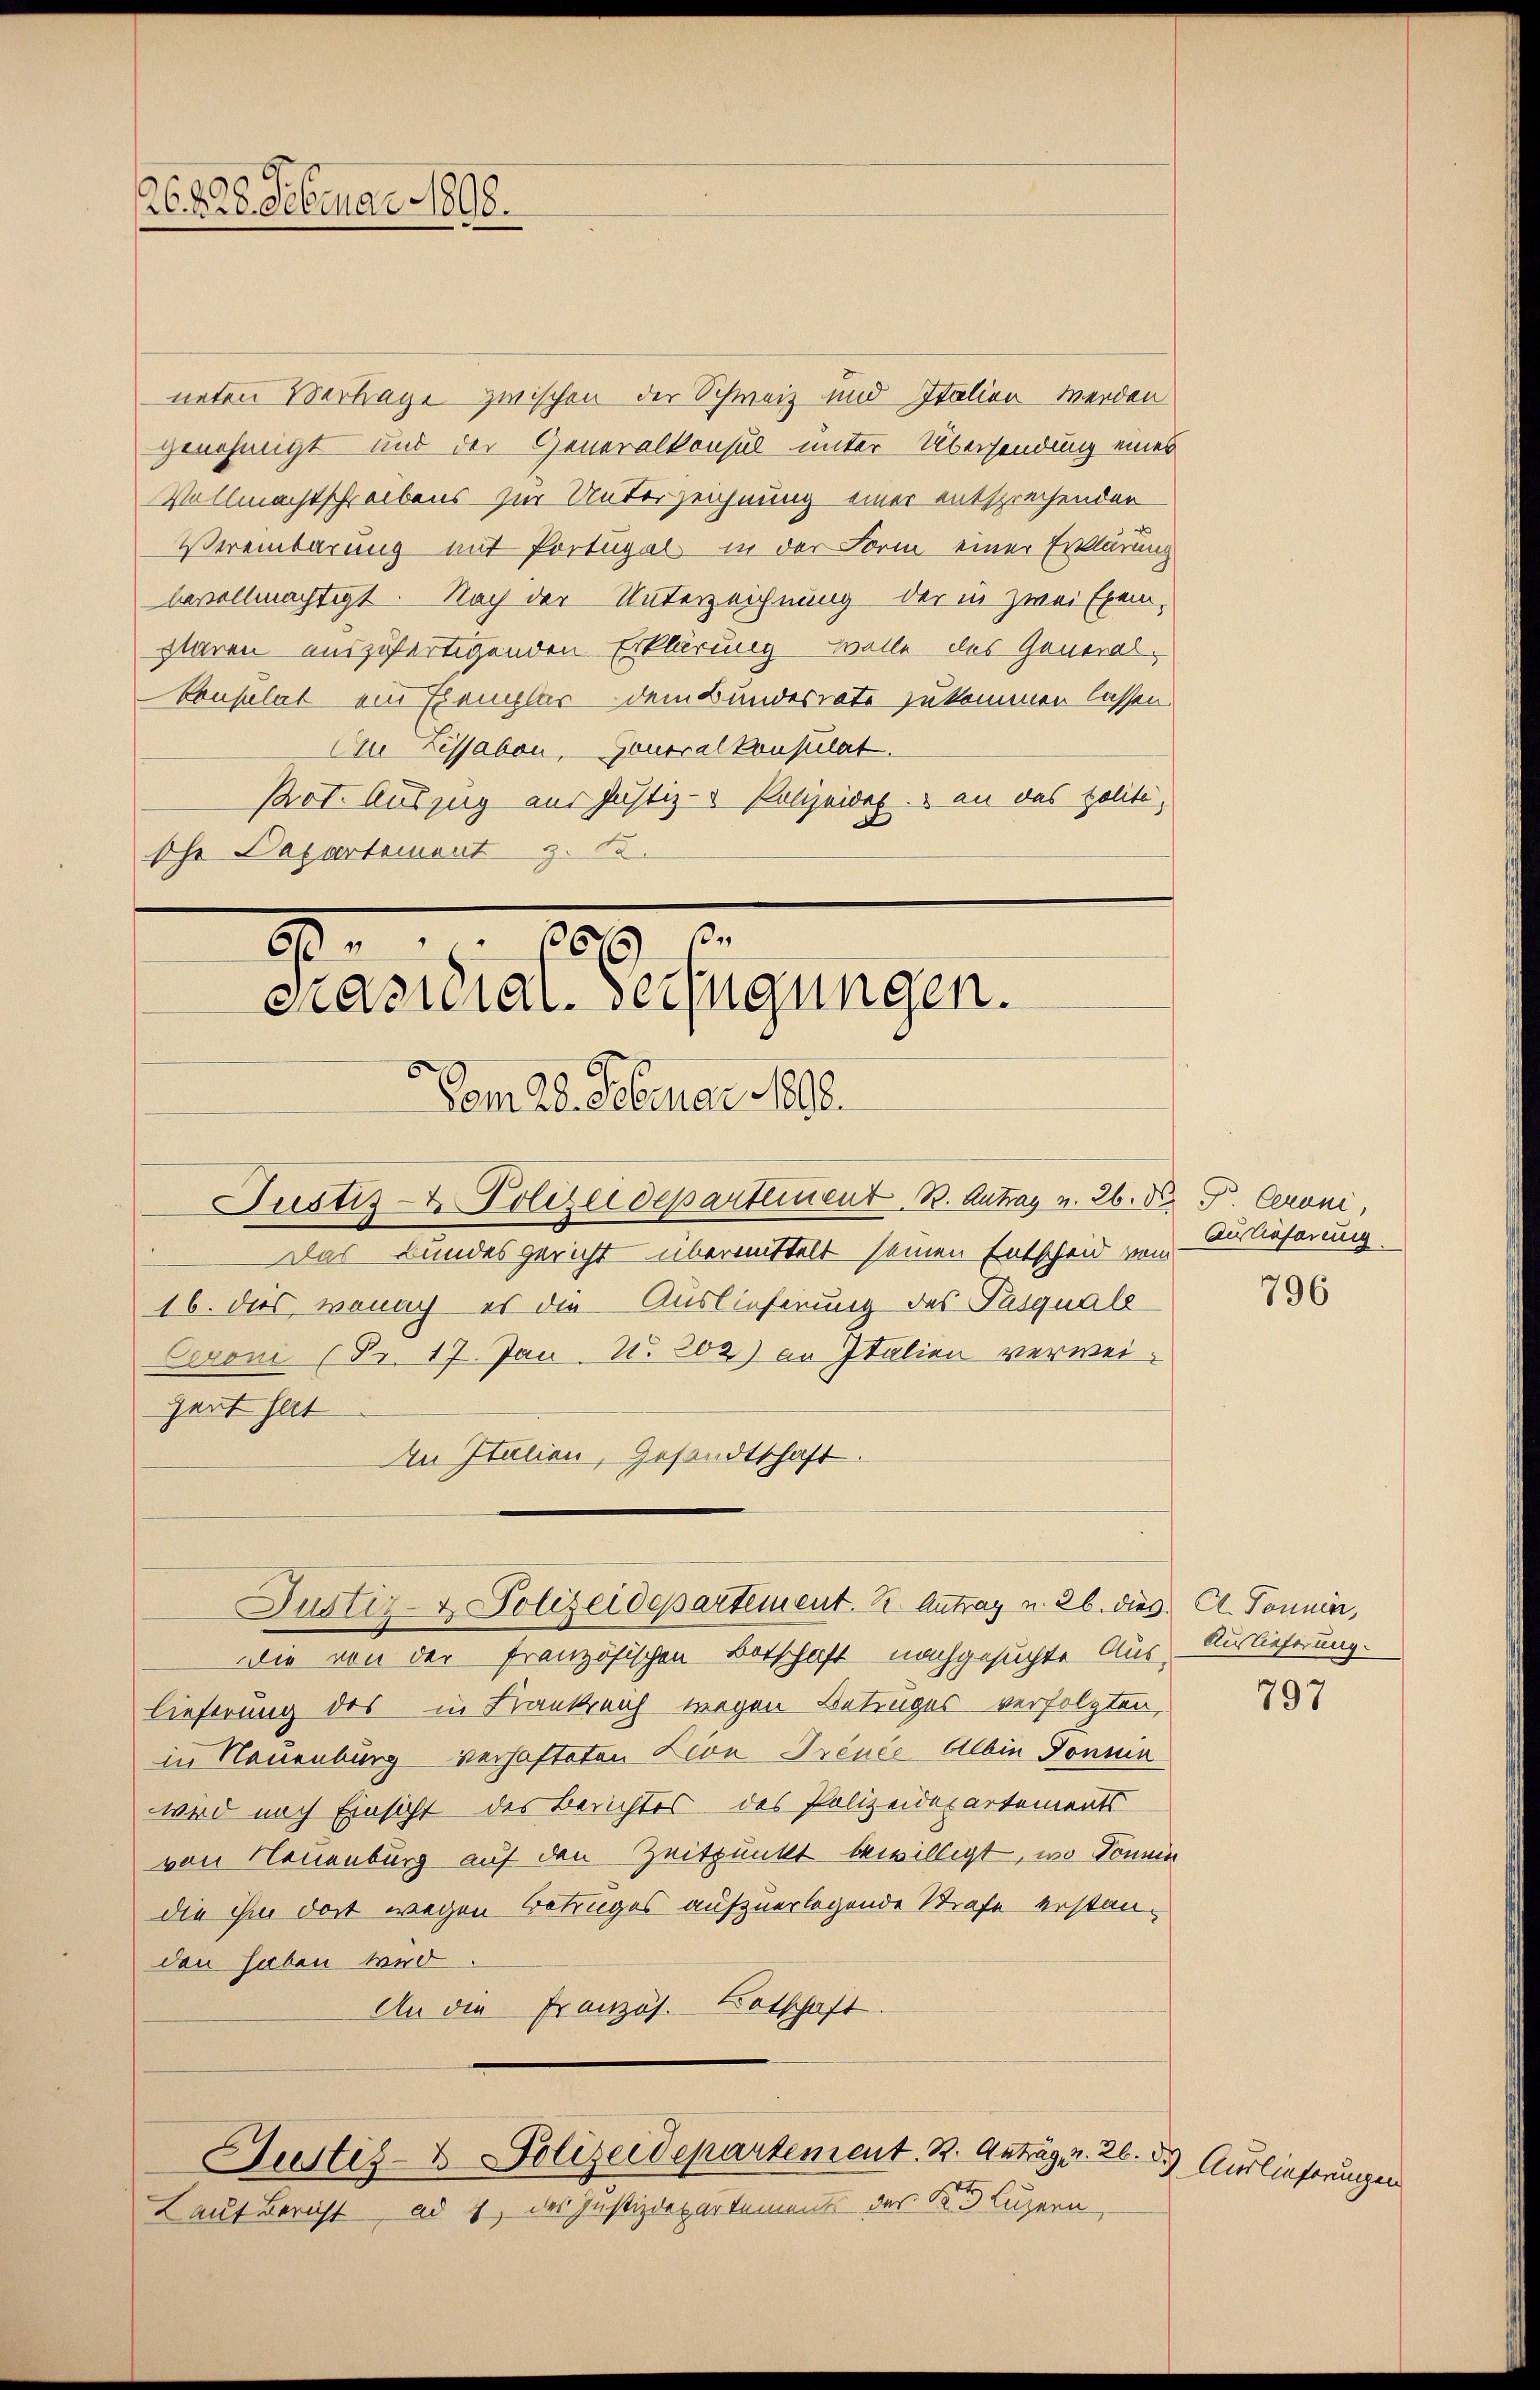
26. d. 28. Februar 1898.

neten Vertrage zwischen der Schweiz und Italien werden
genehmigt und der Generalkonsul unter Übersendung eines
Vollmachtschreibens zur Unterzeichnung einer entsprechenden
Vereinbarung mit Portugal in der Form einer Erklärung
bevollmächtigt. Nach der Unterzeichnung der in zwei Exemstaren auszufertigenden Erklärung wolle des General-
Consulat ein Exemplar dem Bundesrate zukommen lassen.
A Lissabon, Generalkonsulat.
Prot. Auszug aus Justiz- & Polizeides. an das polite,
sche Dapartement z. B.
160
1

Präsidial-Verfügungen.

Dem 22. Februar 1890.
Justiz- & Polizeidepartement. B. Antrag v. 26. V. P. Ceroni,
Das Bundesgericht übermittelt seinen Entscheid vom
16. dies, wonach es die Auslieferung des Pasquale
Ceroni (Pr. 17. Jan. N. 202) an Italien verweihert hat
In Italien, Gesandtschaft.
Justiz- & Polizeidepartement. S. Antrag u. 26. dies Cl. Tonnen,
Die von der französischen Botschaft nachgesuchte Aus- Auslieferung.
lieferung des in Krankreich wegen Betruges verfolgten,
in Neuenburg verhafteten Kron Trence Albin Donnin
wird nach Einsicht des Berichtes des Polizeidepartements
von Neuenburg auf den Zeitpunkt bewilligt, wo können
die ihm dort wegen Betruges aufzuerlegende Strafe erstanden haben wird.
An die Französ. Kotschaft.

Justiz- & Polizeidepartement. B. Antrag v. 26. d. Auslieferungen

Laut Bericht, ad 1, des Justizdepartement der K. Luzern

Auslieferium

796

797